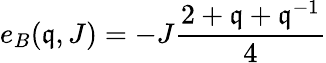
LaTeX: e_{B}(\mathfrak{q},J)=-J\frac{{2+\mathfrak{q}+\mathfrak{q}^{-1}}}{{4}}